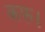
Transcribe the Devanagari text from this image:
कफ।